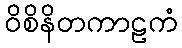
ဝိစိနိတကာဠကံ